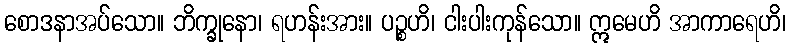
စောဒနာအပ်သော။ ဘိက္ခုနော၊ ရဟန်းအား။ ပဉ္စဟိ၊ ငါးပါးကုန်သော။ ဣမေဟိ အာကာရေဟိ၊